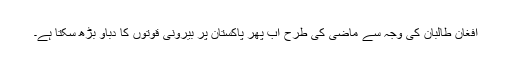
افغان طالبان کی وجہ سے ماضی کی طرح اب پھر پاکستان پر بیرونی قوتوں کا دباؤ بڑھ سکتا ہے۔